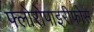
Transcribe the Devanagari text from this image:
फ्लोरोपाइरीफोस